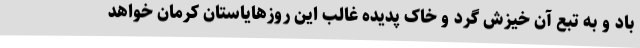
باد و به تبع آن خیزش گرد و خاک پدیده غالب این روزهایاستان کرمان خواهد